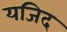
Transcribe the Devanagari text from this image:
यजिद